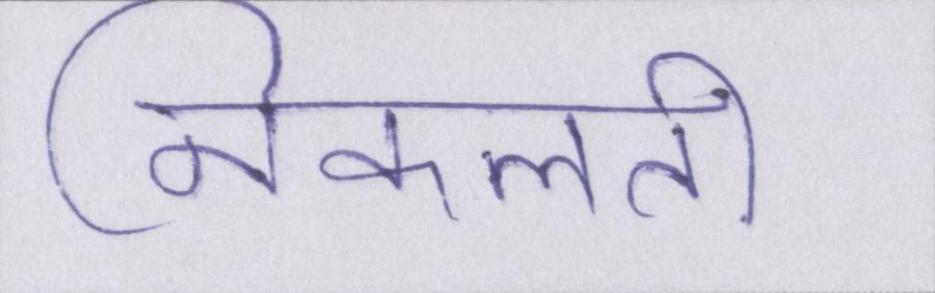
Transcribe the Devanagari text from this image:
निकलती